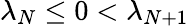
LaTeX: \lambda_{N}\le 0<\lambda_{N+1}